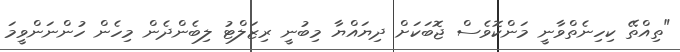
"ތިއްތޭ ކިހިނެތްވާނީ މަންކޮވެސް ޖޮބަކަށް ދިޔައްޔާ މިބުނީ ރިޒަލްޓު ލިބެންދެން މިހެން ހުންނަންވީމަ